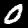
Digit: 0